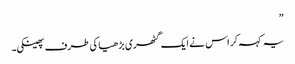
”
یہ کہہ کر اس نے ایک گٹھری بڑھیا کی طرف پھینکی۔